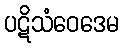
ပဋိသံဝေဒေမ